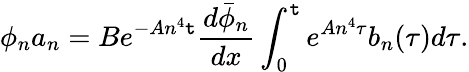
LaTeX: \phi_{n}a_{n}=Be^{-An^{4}\mathtt{t}}\frac{{d\bar{{\phi}}_{n}}}{{dx}}\int_{0}^{\mathtt{t}}e^{An^{4}\tau}b_{n}(\tau)d\tau.